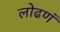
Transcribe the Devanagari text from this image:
लोढणं